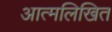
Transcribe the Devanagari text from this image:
आत्मलिखित